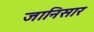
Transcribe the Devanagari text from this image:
जानिसार